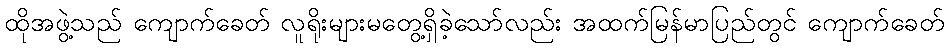
ထိုအဖွဲ့သည် ကျောက်ခေတ် လူရိုးများမတွေ့ရှိခဲ့သော်လည်း အထက်မြန်မာပြည်တွင် ကျောက်ခေတ်